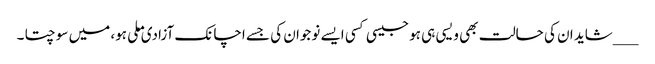
___شاید ان کی حالت بھی ویسی ہی ہو جیسی کسی ایسے نوجوان کی جسے اچانک آزادی ملی ہو، میں سوچتا ۔